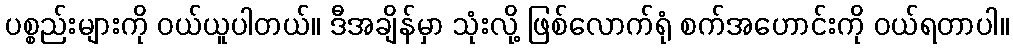
ပစ္စည်းများကို ဝယ်ယူပါတယ်။ ဒီအချိန်မှာ သုံးလို့ ဖြစ်လောက်ရုံ စက်အဟောင်းကို ဝယ်ရတာပါ။